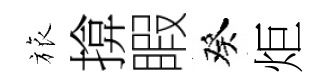
旅揜睱癸炬